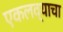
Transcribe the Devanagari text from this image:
एकलव्याचा